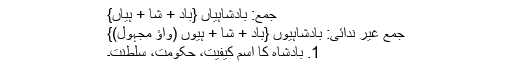
جمع: بادْشاہِیاں {باد + شا + ہِیاں}
جمع غیر ندائی: بادْشاہِیوں {باد + شا + ہِیوں (واؤ مجہول)}
1. بادشاہ کا اسم کیفیت، حکومت، سلطنت۔